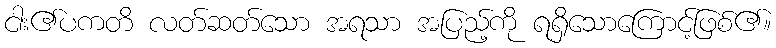
ငါး၏ပကတိ လတ်ဆတ်သော အရသာ အပြည့်ကို ရရှိသောကြောင့်ဖြစ်၏။